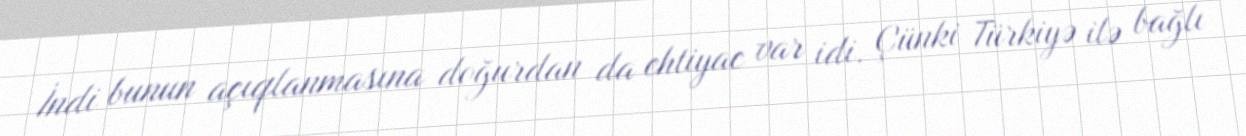
İndi bunun açıqlanmasına doğurdan da ehtiyac var idi. Çünki Türkiyə ilə bağlı